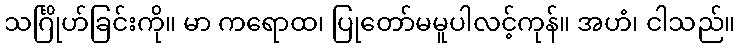
သင်္ဂြိုဟ်ခြင်းကို။ မာ ကရောထ၊ ပြုတော်မမူပါလင့်ကုန်။ အဟံ၊ ငါသည်။